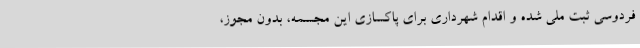
فردوسی ثبت ملی شده و اقدام شهرداری برای پاکسازی این مجسمه، بدون مجوز،